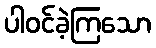
ပါဝင်ခဲ့ကြသော